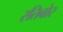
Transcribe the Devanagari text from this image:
रतिबोर